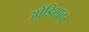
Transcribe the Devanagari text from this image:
ओडिशावर